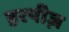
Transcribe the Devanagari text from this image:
हरपीज़